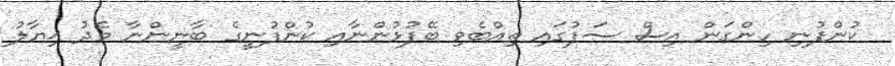
ކުންފުނި ހިންގަން އިސް ސަފުގައި ތިއްބެވި ބޭފުޅުންނާއި ކުންފުނީގެ ބާނީންނާ މެދު ޚިޔާލު